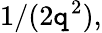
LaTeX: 1/(2\mathtt{q}^{2}),